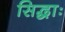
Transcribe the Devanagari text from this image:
सिद्धाः